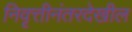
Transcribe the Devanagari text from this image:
निवृत्तीनंतरदेखील